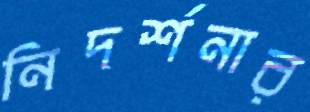
নিদর্শনার